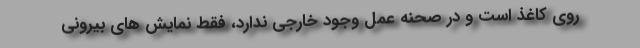
روی کاغذ است و در صحنه عمل وجود خارجی ندارد، فقط نمایش های بیرونی